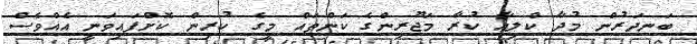
ބަނދަރުން މުދާ ކްލިއާ ކުރާ މަޖޫރިންގެ ކަންތައް މީގެ ކުރިން ކޮށްފައިވަނީ އެއްވެސް